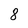
Character: 8